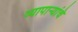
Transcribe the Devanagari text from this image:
व्यापाऱ्यांचे